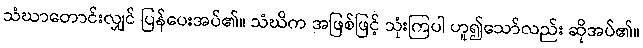
သံဃာတောင်းလျှင် ပြန်ပေးအပ်၏။ သံဃိက အဖြစ်ဖြင့် သုံးကြပါ ဟူ၍သော်လည်း ဆိုအပ်၏။